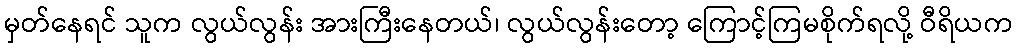
မှတ်နေရင် သူက လွယ်လွန်း အားကြီးနေတယ်၊ လွယ်လွန်းတော့ ကြောင့်ကြမစိုက်ရလို့ ဝီရိယက